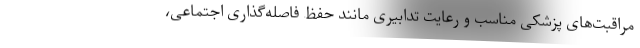
مراقبت‌های پزشکی مناسب و رعایت تدابیری مانند حفظ فاصله‌گذاری اجتماعی،